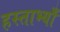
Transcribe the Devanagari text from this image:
हस्ताभ्याँ